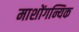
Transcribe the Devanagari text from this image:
माशोंगन्यिक